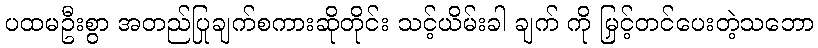
ပထမဦးစွာ အတည်ပြုချက်စကားဆိုတိုင်း သင့်ယိမ်းခါ ချက် ကို မြှင့်တင်ပေးတဲ့သဘော